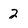
Character: 2